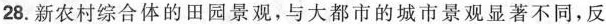
28.新农村综合体的田园景观，与大都市的城市景观显著不同，反